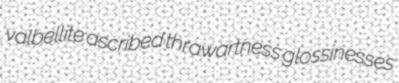
valbellite ascribed thrawartness glossinesses